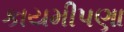
કાયમીપણા